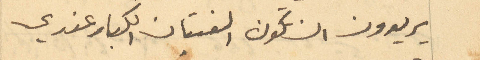
يريدون ان تكون الفتيان الكبار عندي